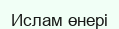
Ислам өнері